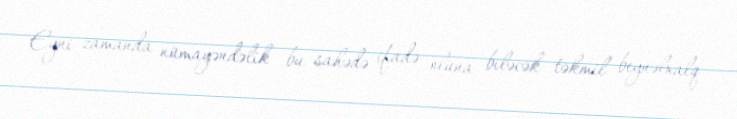
Eyni zamanda nümayəndəlik bu sahədə ifadə oluna biləcək təkmil beynəlxalq